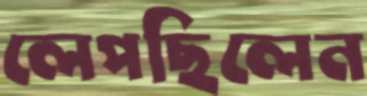
লেপছিলেন